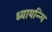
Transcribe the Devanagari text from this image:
ध्यायन्न्पि